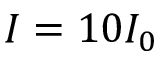
I = 1 0 I _ { 0 }